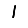
Digit: 1